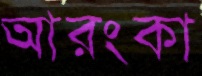
আরংকা